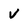
Character: v